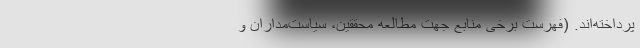
پرداخته‌اند. (فهرست برخی منابع جهت مطالعه محققین، سیاست‌مداران و